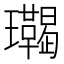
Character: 𤫝